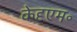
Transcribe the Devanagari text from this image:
केदृएम॰